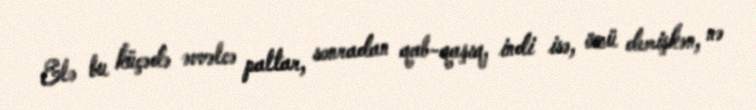
Elə bu küçədə əvvəlcə paltar, sonradan qab-qaşıq, indi isə, özü demişkən, nə